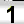
Digit: 1